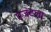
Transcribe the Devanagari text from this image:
एजंटला